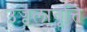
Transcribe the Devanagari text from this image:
उज्वलावृत्ति